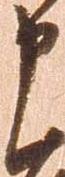
申